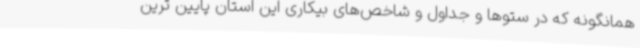
همانگونه که در ستوها و جداول و شاخص‌های بیکاری این استان پایین ترین